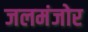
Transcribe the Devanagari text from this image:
जलमंजोर